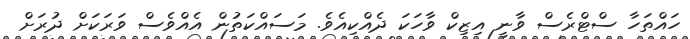
ހައްތަހާ ސްޓްރެސް ވާނީ އިޒިކް ވާހަކަ ދެއްކިއެވެ. މަސައްކަތުން އެއްވެސް ވަރަކަށް ދުރަށް